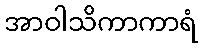
အာဝါသိကာကာရံ